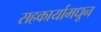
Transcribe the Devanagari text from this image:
सहकार्यामधून